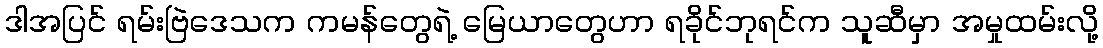
ဒါအပြင် ရမ်းဗြဲဒေသက ကမန်တွေရဲ့ မြေယာတွေဟာ ရခိုင်ဘုရင်က သူဆီမှာ အမှုထမ်းလို့